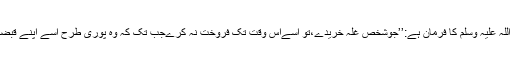
رسولِ اکرم صلی اللہ علیہ وسلم کا فرمان ہے:’’جوشخص غلہ خریدے،تو اُسےاس وقت تک فروخت نہ کرےجب تک کہ وہ پوری طرح اُسے اپنے قبضہ میں نہ کرلے‘‘۔